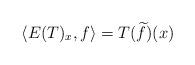
LaTeX: \begin{align*} \langle E(T)_x ,f\rangle = T(\widetilde{f})(x) \end{align*}